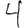
Digit: 4